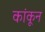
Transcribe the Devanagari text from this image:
कांकून